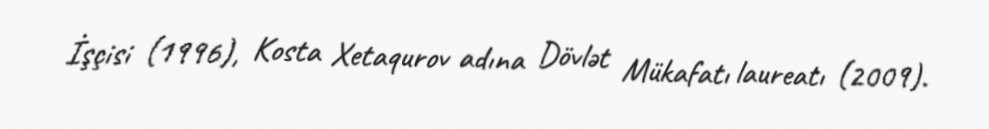
İşçisi (1996), Kosta Xetaqurov adına Dövlət Mükafatı laureatı (2009).